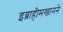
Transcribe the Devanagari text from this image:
इब्राहीमखानने